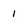
Character: 1